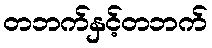
တဘက်နှင့်တဘက်